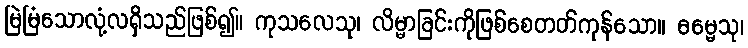
မြဲမြံသောလုံ့လရှိသည်ဖြစ်၍။ ကုသလေသု၊ လိမ္မာခြင်းကိုဖြစ်စေတတ်ကုန်သော။ ဓမ္မေသု၊